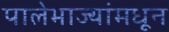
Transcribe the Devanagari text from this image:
पालेभाज्यांमधून